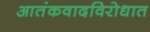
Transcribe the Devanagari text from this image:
आतंकवादविरोधात